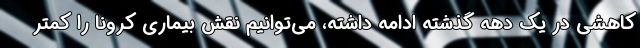
کاهشی در یک دهه گذشته ادامه داشته، می‌توانیم نقش بیماری کرونا را کمتر